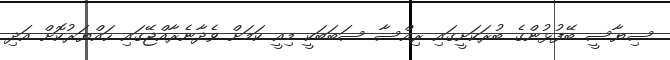
ސިޔާސީ ބޭފުޅުންގެ ބުރަކަށީގައި ރިއްސާ ސަބަބަކީ މިއީ ކަމަށް ވެދާނެރާއްޖޭގައި ހައްޔަރުކޮށް އަދި